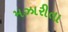
મઝારીતા